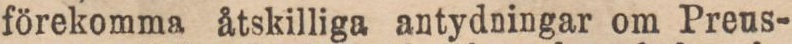
förekomma åtskilliga antydningar om Preus-